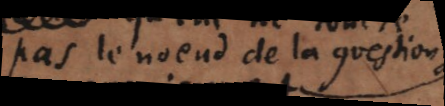
pas le noeud de la question